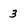
Character: 3